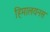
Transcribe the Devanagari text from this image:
हिमालयनस